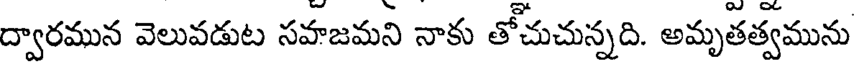
ద్వారమున వెలువడుట సహజమని నాకు తోచుచున్నది. అమృతత్వమును